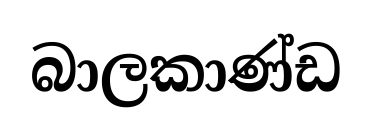
බාලකාණ්ඩ